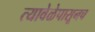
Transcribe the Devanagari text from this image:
त्यावेळेपासूनच